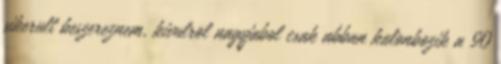
sikerult beszereznem, kivulrol nagyjabol csak abban kulonbozik a 90